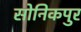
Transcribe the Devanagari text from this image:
सोनिकपुर